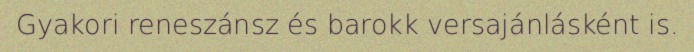
Gyakori reneszánsz és barokk versajánlásként is.